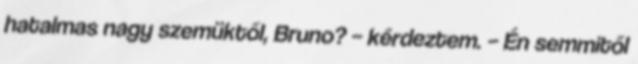
hatalmas nagy szemüktől, Bruno? – kérdeztem. – Én semmitől